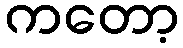
ကတော့